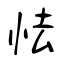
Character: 怯